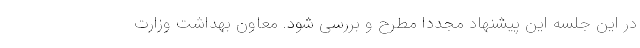
در این جلسه این پیشنهاد مجددا مطرح و بررسی شود. معاون بهداشت وزارت